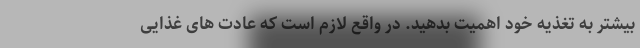
بیشتر به تغذیه خود اهمیت بدهید. در واقع لازم است که عادت های غذایی